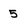
Character: 5